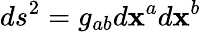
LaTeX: ds^{2}=g_{ab}d\mathbf{x}^{a}d\mathbf{x}^{b}